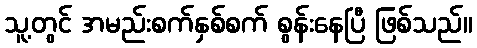
သူ့တွင် အမည်းစက်နှစ်စက် စွန်းနေပြီ ဖြစ်သည်။